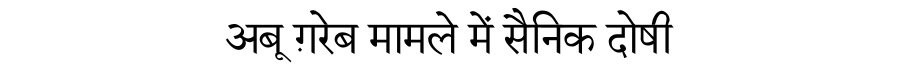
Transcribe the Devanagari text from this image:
अबू ग़रेब मामले में सैनिक दोषी